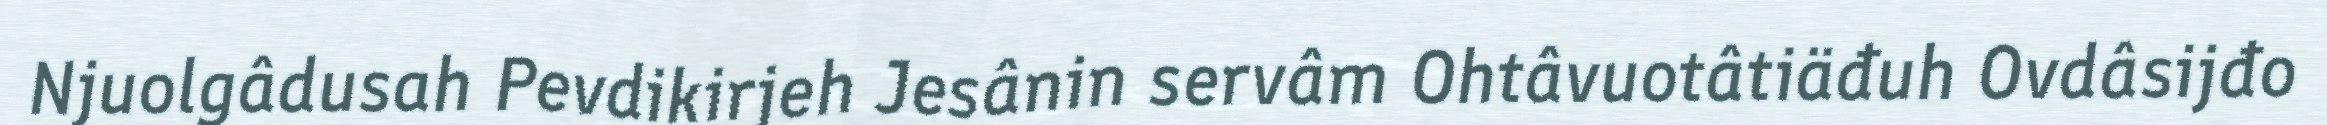
Njuolgâdusah Pevdikirjeh Jesânin servâm Ohtâvuotâtiäđuh Ovdâsijđo